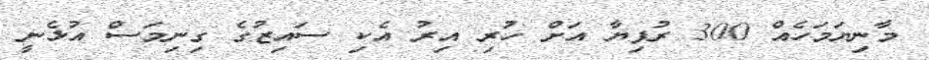
މާނިޔަމަހެއް 300 ރުފިޔާ އަށް ހުރި އިރު އެކި ސައިޒުގެ ގިނިމަސް އުޅެނީ